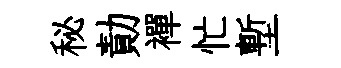
秘勣襌忙塹